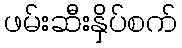
ဖမ်းဆီးနှိပ်စက်